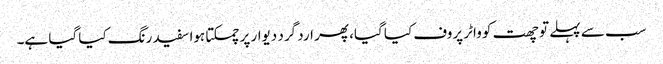
سب سے پہلے تو چھت کو واٹر پروف کیا گیا، پھر ارد گرد دیوار پر چمکتا ہوا سفید رنگ کیا گیا ہے۔